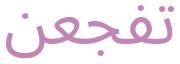
تفجعن